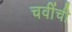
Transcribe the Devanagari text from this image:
चवींची